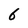
Character: 6